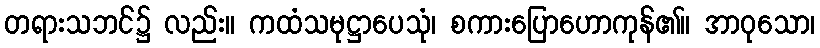
တရားသဘင်၌ လည်း။ ကထံသမုဋ္ဌာပေသုံ၊ စကားပြောဟောကုန်၏။ အာဝုသော၊